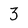
Character: 3